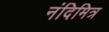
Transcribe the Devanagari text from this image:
नंदिमित्र